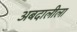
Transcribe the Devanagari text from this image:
अबदालीला